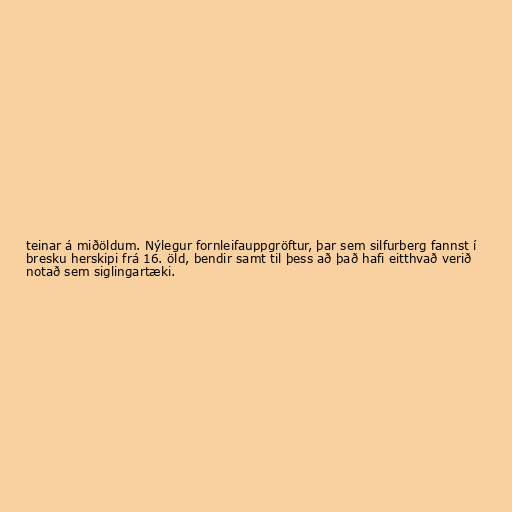
teinar á miðöldum. Nýlegur fornleifauppgröftur, þar sem silfurberg fannst í
bresku herskipi frá 16. öld, bendir samt til þess að það hafi eitthvað verið
notað sem siglingartæki.